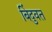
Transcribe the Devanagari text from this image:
बिंदुवत